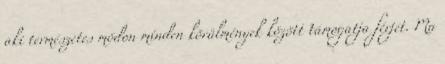
aki természetes módon minden körülmények között támogatja férjét. Ma